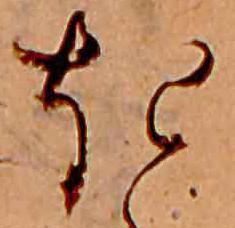
き